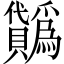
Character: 𧹋